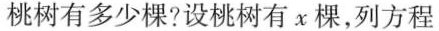
桃树有多少棵?设桃树有x棵，列方程